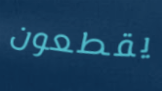
يقطعون